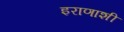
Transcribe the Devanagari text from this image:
इराणाशी